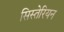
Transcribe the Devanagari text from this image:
सिस्तेरियन